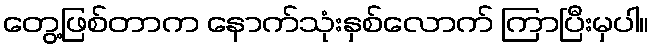
တွေ့ဖြစ်တာက နောက်သုံးနှစ်လောက် ကြာပြီးမှပါ။